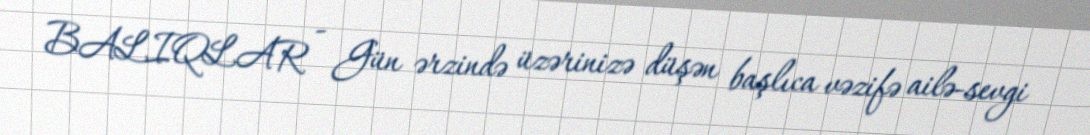
BALIQLAR - Gün ərzində üzərinizə düşən başlıca vəzifə ailə-sevgi